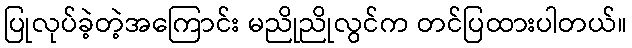
ပြုလုပ်ခဲ့တဲ့အကြောင်း မညိုညိုလွင်က တင်ပြထားပါတယ်။